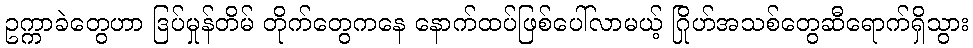
ဥက္ကာခဲတွေဟာ ဒြပ်မှုန်တိမ် တိုက်တွေကနေ နောက်ထပ်ဖြစ်ပေါ်လာမယ့် ဂြိုဟ်အသစ်တွေဆီရောက်ရှိသွား